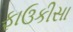
ફાઉકીસા